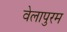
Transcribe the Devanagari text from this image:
वेलापुरम